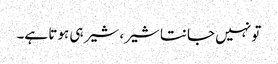
تو نہیں جانتا شیر، شیر ہی ہوتا ہے۔